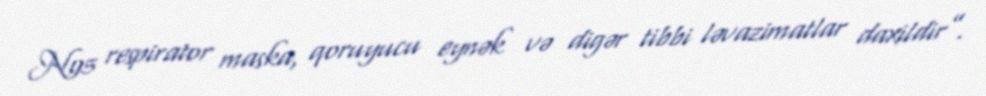
N95 respirator maska, qoruyucu eynək və digər tibbi ləvazimatlar daxildir”.